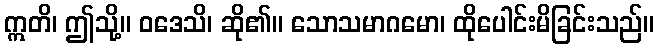
ဣတိ၊ ဤသို့။ ဝဒေသိ၊ ဆို၏။ သောသမာဂမော၊ ထိုပေါင်းမိခြင်းသည်။